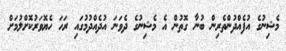
މެޝިނުގެ އުފެއްދުންތެރިން ބުނާ ގޮތުން އެ މެޝިނުގެ ދެވަނަ އުދެއްދުމުގައި ރަހަ ހެޔޮވަރުކޮށްލުމަށް